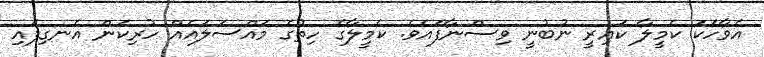
އެވާހަކަ ކެމީލާ ކައިރީ ނުބުނީ ވިސްނާފައެވެ. ކެމީލާގެ ހިތުގެ މައްސަލައެއް ހުރިކަން އެނގިފައި